system: You are a helpful assistant.
user:
Analyze the provided spectrum to determine if it is a **Carbon Star (C-type)**.

- **Key Visual Indicators of Carbon Star:**
    - **(Primary):** Strong molecular absorption from **C₂ (diatomic carbon) "Swan Bands."** This is the **defining feature** of a carbon star.
        - **(Key Bandheads):** Sharp absorption edges are visible at approximately $5635$ Å, $5165$ Å (the strongest band), and $4737$ Å.
        - **(Line Profile):** Creates a distinct **"saw-tooth"** pattern. The key morphology is a sharp, steep bandhead on the **red (long-wavelength) side**, which then gradually tapers off (i.e., flux recovers) towards the **blue (short-wavelength) side**. *(This is the direct opposite of the TiO bands seen in M-type stars)*.

    - **(Secondary):** Intense **CN (cyanogen)** molecular absorption bands.
        - **(Key Bandheads):** Located in the blue and violet regions of the spectrum (e.g., near $4215$ Å and $3883$ Å).
        - **(Morphology):** These bands are extremely broad and act as a "blanket," absorbing the vast majority of blue and violet light. This creates a characteristic **"cliff"** or **"steep drop-off"** in the spectrum's flux at short wavelengths.

    - **(Key Confirmation):** Strong **CH absorption band (G-band)**.
        - **(Key Bandhead):** Located around $4300$ Å. The contribution from CH molecules to this band is exceptionally strong.

    - **(Overall Spectrum):**
        - The continuum is severely "chopped up" by these deep molecular bands, especially C₂, rather than appearing as a smooth curve.
        - Due to the heavy CN and C₂ absorption in the blue-green, the vast majority of the star's flux is concentrated in the red part of the spectrum, giving the star its characteristic deep red color.

Think first, call **spectral_visualization_tool** if needed to examine features in detail, then provide your final answer. Your response must adhere to the following strict rules:
1.  **Overall Structure:** Your response must follow the format `<think>...</think> <tool_call>...</tool_call> (if a tool is used) <answer>...</answer>`.
2.  **Tool Usage Constraint:** You may only make **one** tool call per turn.
3.  **Final Answer Format:** In the `<answer>` tag, your conclusion must be inside a `\boxed{}` command (e.g., `\boxed{YES}`), followed by your justification.

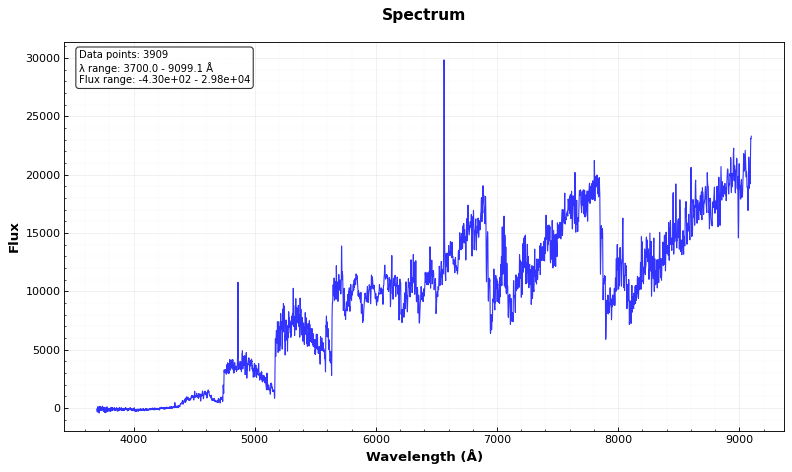
Answer: YES